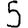
Digit: 5